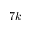
7 k